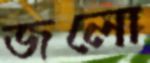
জলো